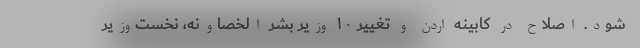
شود. اصلاح در کابینه اردن و تغییر ۱۰ وزیر بشر الخصاونه، نخست‌وزیر